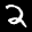
Label: 2